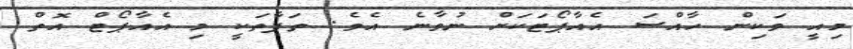
މިއީ ވަކިން ހާއްސަ އެއާޕޯޓަކަށް ނުވާނެ އެވެ. ތަފާތަކީ މި އެއާޕޯޓް އޮތް